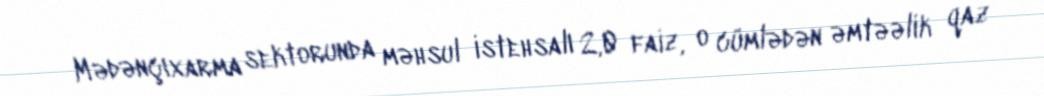
Mədənçıxarma sektorunda məhsul istehsalı 2,0 faiz, o cümlədən əmtəəlik qaz